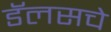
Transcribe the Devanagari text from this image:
डॅलसचे